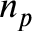
n _ { p }